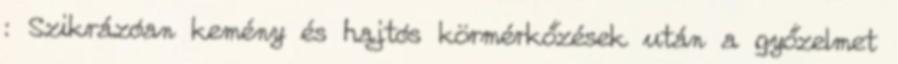
: Szikrázóan kemény és hajtós körmérkőzések után a győzelmet